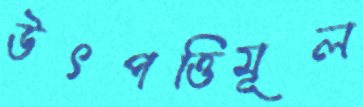
উৎপত্তিমূল